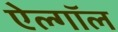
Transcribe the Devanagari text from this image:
ऐल्गॉल